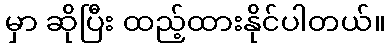
မှာ ဆိုပြီး ထည့်ထားနိုင်ပါတယ်။